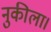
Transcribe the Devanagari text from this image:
नुकीला।